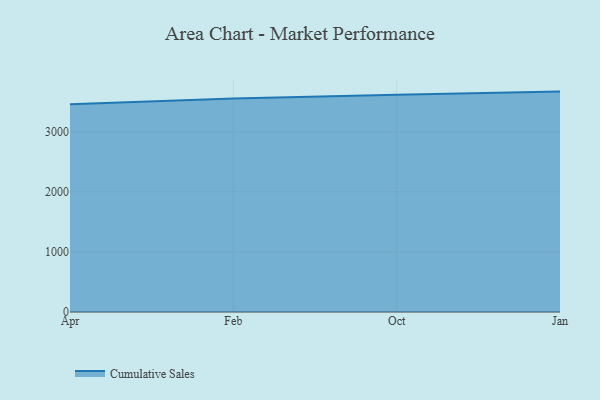
{"axis": {"x": "Month", "y": "Budget (USD K)"}, "legend": ["Cumulative Sales"], "data": [{"x": "Apr", "y": 3457.8, "type": "Cumulative Sales"}, {"x": "Feb", "y": 3555.9, "type": "Cumulative Sales"}, {"x": "Oct", "y": 3616.1, "type": "Cumulative Sales"}, {"x": "Jan", "y": 3669.0, "type": "Cumulative Sales"}]}